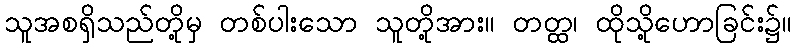
သူအစရှိသည်တို့မှ တစ်ပါးသော သူတို့အား။ တတ္ထ၊ ထိုသို့ဟောခြင်း၌။